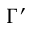
\Gamma ^ { \prime }